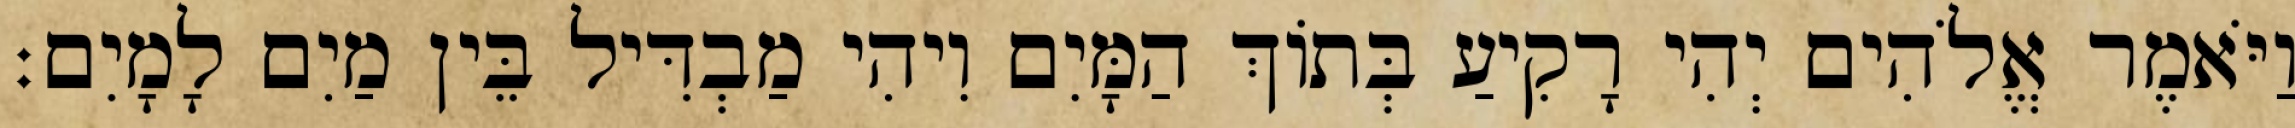
וַיֹּאמֶר אֱלֹהִים יְהִי רָקִיעַ בְּתֹוךְ הַמָּיִם וִיהִי מַבְדִּיל בֵּין מַיִם לָמָיִם׃